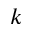
k